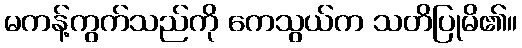
မကန့်ကွက်သည်ကို ကေသွယ်က သတိပြုမိ၏။